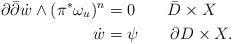
LaTeX: \begin{align*}\partial\bar\partial \dot w\wedge(\pi^*\omega_u)^n&=0\qquad\bar D\times X \\\dot w&=\psi\qquad\partial D\times X.\end{align*}